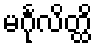
မင်္ဂုလိတ္ထိ